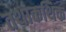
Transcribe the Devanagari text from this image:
तथाकथिक